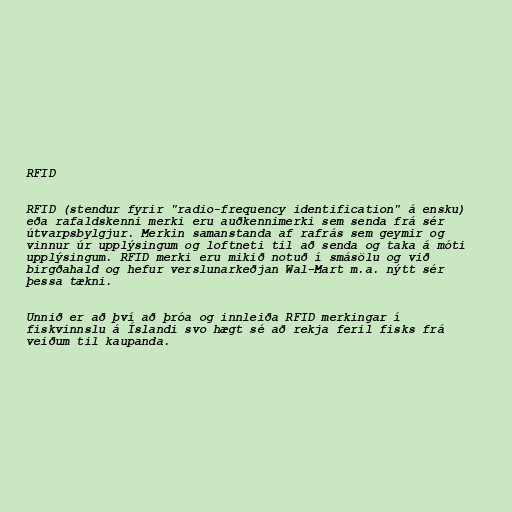
RFID

RFID (stendur fyrir "radio-frequency identification" á ensku)
eða rafaldskenni merki eru auðkennimerki sem senda frá sér
útvarpsbylgjur. Merkin samanstanda af rafrás sem geymir og
vinnur úr upplýsingum og loftneti til að senda og taka á móti
upplýsingum. RFID merki eru mikið notuð í smásölu og við
birgðahald og hefur verslunarkeðjan Wal-Mart m.a. nýtt sér
þessa tækni.

Unnið er að því að þróa og innleiða RFID merkingar í
fiskvinnslu á Íslandi svo hægt sé að rekja feril fisks frá
veiðum til kaupanda.